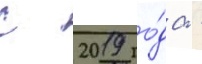
с 2019 го́да -